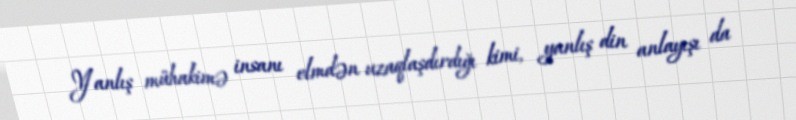
Yanlış mühakimə insanı elmdən uzaqlaşdırdığı kimi, yanlış din anlayışı da